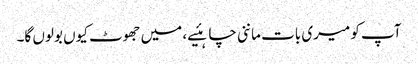
آپ کو میری بات ماننی چاہئیے، میں جھوٹ کیوں بولوں گا۔